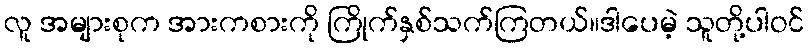
လူ အများစုက အားကစားကို ကြိုက်နှစ်သက်ကြတယ်။ဒါပေမဲ့ သူတို့ပါဝင်